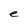
Character: e